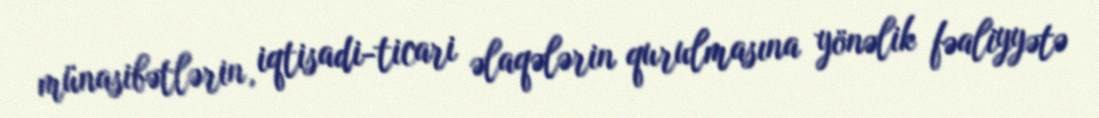
münasibətlərin, iqtisadi-ticari əlaqələrin qurulmasına yönəlik fəaliyyətə